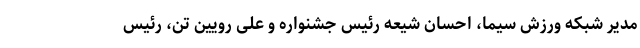
مدیر شبکه ورزش سیما، احسان شیعه رئیس جشنواره و علی رویین تن، رئیس